Annual administration report of the Civil Veterinary Department of India - 1895-1896
Year: 1895
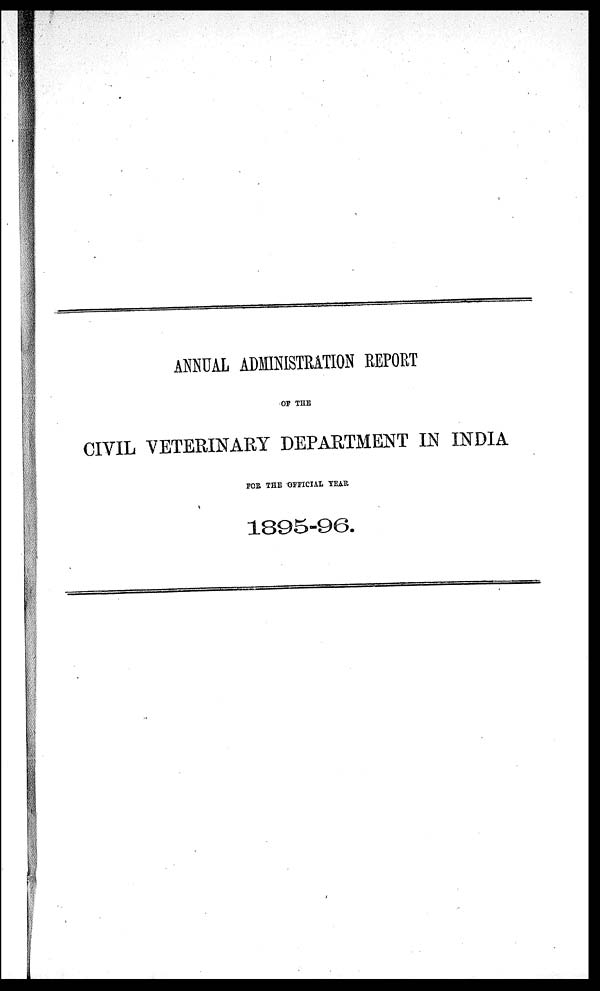
ANNUAL ADMINISTRATION REPORT
OF THE
CIVIL VETERINARY DEPARTMENT IN INDIA
FOR THE OFFICIAL YEAR
1895-96.